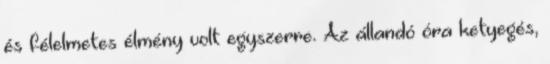
és félelmetes élmény volt egyszerre. Az állandó óra ketyegés,